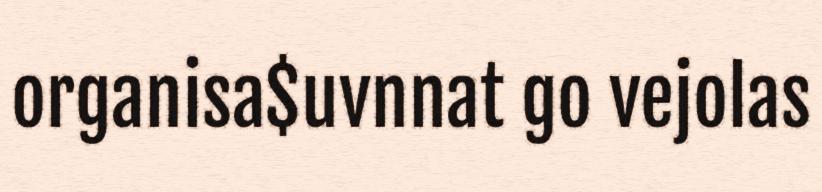
organisa$uvnnat go vejolas